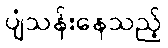
ပျံသန်းနေသည့်